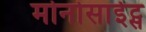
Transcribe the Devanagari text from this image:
मोनोसाईट्स